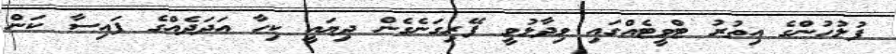
ފުލުހުންގެ އިތުރު ޓްވީޓެއްގައި ވިދާޅުވީ ފޭރިގަނެގެން ދިޔައީ ކިހާ އަދަދެއްގެ ފައިސާ ކަން